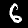
Digit: 6